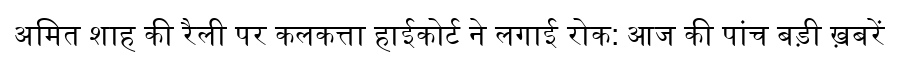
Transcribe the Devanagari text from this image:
अमित शाह की रैली पर कलकत्ता हाईकोर्ट ने लगाई रोक: आज की पांच बड़ी ख़बरें